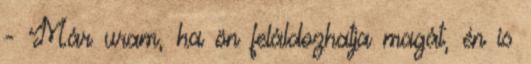
- Már uram, ha ön feláldozhatja magát, én is